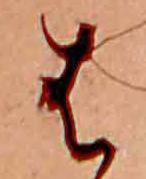
は